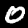
Digit: 0